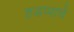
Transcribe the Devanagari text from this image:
हडप्पाचे